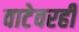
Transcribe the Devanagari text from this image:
वाटेवरही